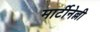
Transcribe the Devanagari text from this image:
मार्टीनेल्ली